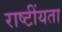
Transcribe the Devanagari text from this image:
राष्टींयता